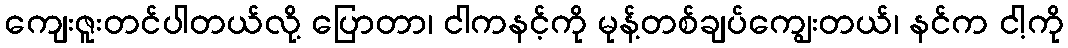
ကျေးဇူးတင်ပါတယ်လို့ ပြောတာ၊ ငါကနင့်ကို မုန့်တစ်ချပ်ကျွေးတယ်၊ နင်က ငါ့ကို